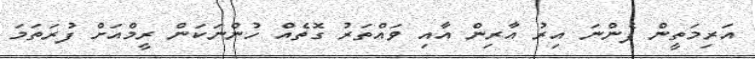
އަރިމަތީން ފެންނަ އިރު އާރިން އާއި ވައްތަރު ގޮތެއް ހުންނަކަން ރީމްއަށް ފުރަތަމަ